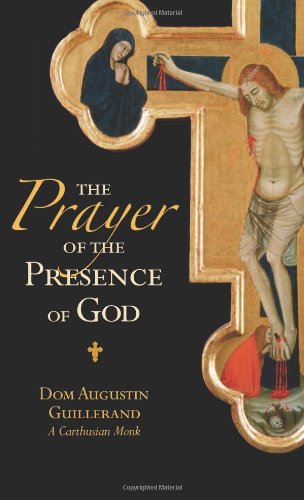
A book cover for The Prayer of the Presence of God; Dom Augustin Guillerand; Christian Books & Bibles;